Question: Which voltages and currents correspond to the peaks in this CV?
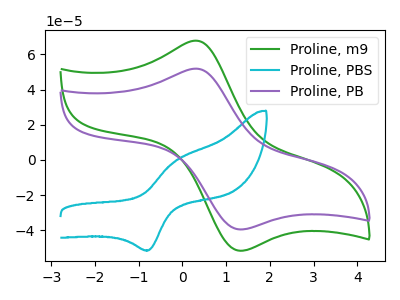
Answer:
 <answer>The green curve "Proline, m9" has an anodic peak at (0.30V, 67.75uA) and a cathodic peak at (1.30V, -51.60uA). The cyan curve "Proline, PBS" has an anodic peak at (-0.20V, -0.90uA) and a cathodic peak at (-0.75V, -51.35uA). The purple curve "Proline, PB" has an anodic peak at (0.30V, 51.85uA) and a cathodic peak at (1.30V, -39.50uA).</answer>
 <eval></eval>